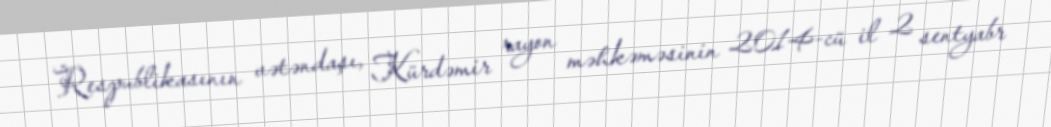
Respublikasının vətəndaşı, Kürdəmir rayon məhkəməsinin 2014-cü il 2 sentyabr